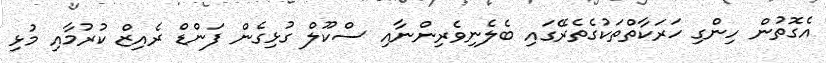
އެގޮތުން ހިންގި ހަރަކާތްތަކުގެތެރޭގައި ބެލެނިވެރިންނާއި ސްކޫލް ގުޅިގެން ފަންޑް ރެއިޒް ކުރުމާއި މުޅި